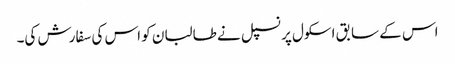
اس کے سابق اسکول پرنسپل نے طالبان کو اس کی سفارش کی۔